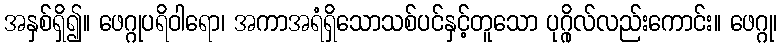
အနှစ်ရှိ၍။ ဖေဂ္ဂုပရိဝါရော၊ အကာအရံရှိသောသစ်ပင်နှင့်တူသော ပုဂ္ဂိုလ်လည်းကောင်း။ ဖေဂ္ဂု၊